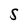
Character: S